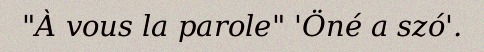
"À vous la parole" 'Öné a szó'.